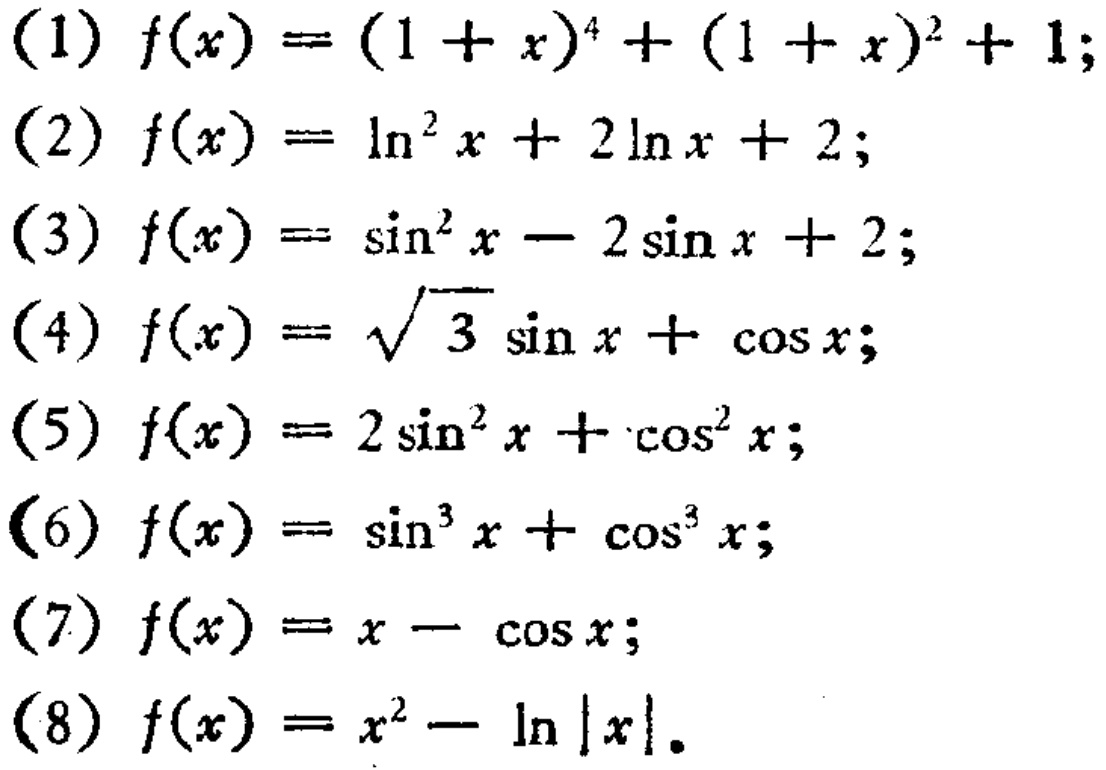
(1) \(f(x)=(1 + x)^{4}+(1 + x)^{2}+1\);
(2) \(f(x)=\ln^{2}x + 2\ln x+2\);
(3) \(f(x)=\sin^{2}x - 2\sin x + 2\);
(4) \(f(x)=\sqrt{3}\sin x+\cos x\);
(5) \(f(x)=2\sin^{2}x+\cos^{2}x\);
(6) \(f(x)=\sin^{3}x+\cos^{3}x\);
(7) \(f(x)=x-\cos x\);
(8) \(f(x)=x^{2}-\ln|x|\).